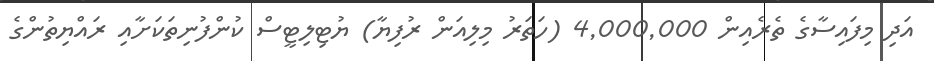
އަދި މިފައިސާގެ ތެރެއިން 4